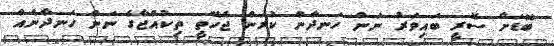
ބޮޑަށް ސޮރީ ބައިވަރު ނަން ހަނދާން ކުރަން ޖެހޭތީ ތިކުއްޖާގެ ނަން ހަނދާނެއް